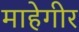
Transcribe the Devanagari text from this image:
माहेगीर